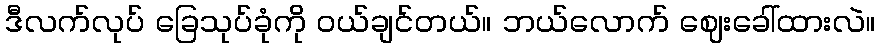
ဒီလက်လုပ် ခြေသုပ်ခုံကို ဝယ်ချင်တယ်။ ဘယ်လောက် ဈေးခေါ်ထားလဲ။